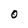
Character: O